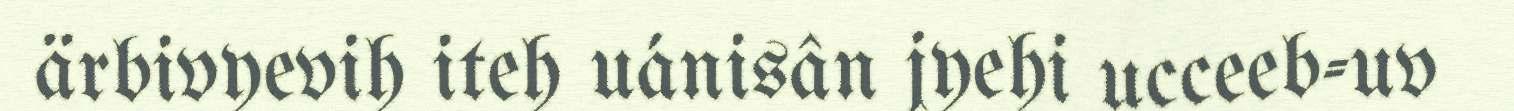
ärbivyevih iteh uánisân jyehi ucceeb-uv